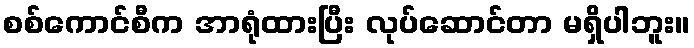
စစ်ကောင်စီက အာရုံထားပြီး လုပ်ဆောင်တာ မရှိပါဘူး။